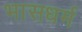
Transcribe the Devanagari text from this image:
भासधर्म